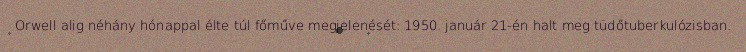
Orwell alig néhány hónappal élte túl főműve megjelenését: 1950. január 21-én halt meg tüdőtuberkulózisban.